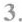
3. )